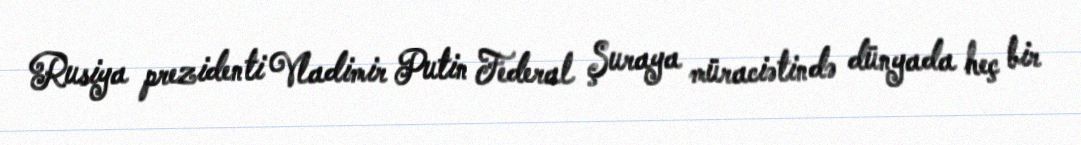
Rusiya prezidenti Vladimir Putin Federal Şuraya müraciətində dünyada heç bir